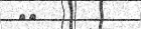
٢٨